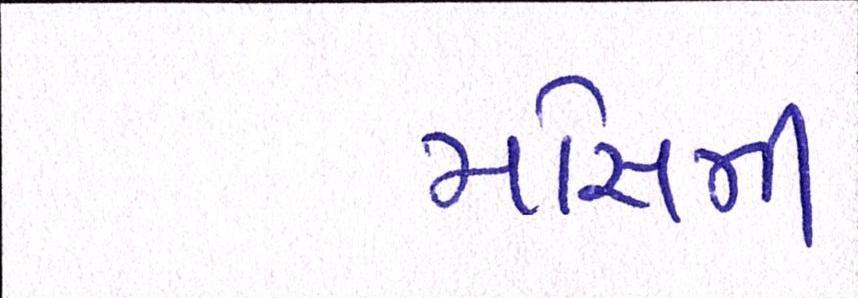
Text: મૌસમી